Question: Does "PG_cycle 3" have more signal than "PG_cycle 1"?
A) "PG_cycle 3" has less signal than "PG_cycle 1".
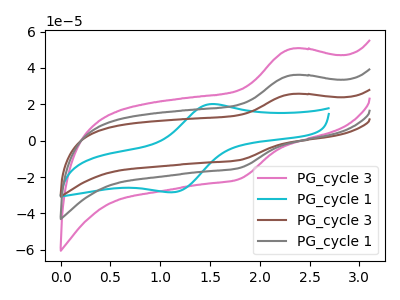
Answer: <think>The pink curve "PG_cycle 3" has an anodic peak at (2.35V, 72.10uA) and a cathodic peak at (1.80V, -29.95uA). The cyan curve "PG_cycle 1" has an anodic peak at (1.55V, 20.15uA) and a cathodic peak at (1.10V, -28.40uA). The brown curve "PG_cycle 3" has an anodic peak at (2.35V, 25.70uA) and a cathodic peak at (1.80V, -10.65uA). The gray curve "PG_cycle 1" has an anodic peak at (2.35V, 36.05uA) and a cathodic peak at (1.80V, -14.95uA).
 All the peaks in "PG_cycle 3" have a peak in "PG_cycle 1" at the same potential. Every peak in "PG_cycle 3" is lower than every peak in "PG_cycle 1".</think>
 <answer>A) "PG_cycle 3" has less signal than "PG_cycle 1".</answer>
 <eval>A</eval>